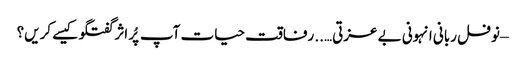
– نوفل ربانی	انہونی بے عزتی….. رفاقت حیات	آپ پُر اثر گفتگو کیسے کریں؟